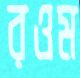
রওম